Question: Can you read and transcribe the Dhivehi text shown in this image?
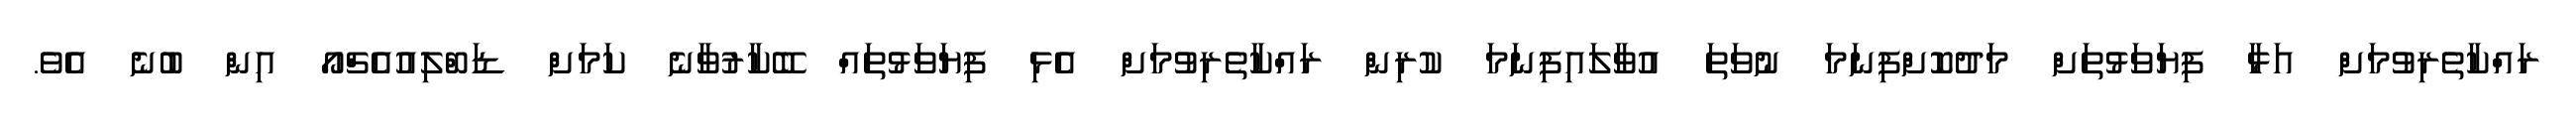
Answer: ރައްކާތެރިވުމަށް އަޅާ ފިޔަވަޅުތަށް މަދުކޮށްފިނަމަ ނުވަތަ އުވާލައިފިނަމަ ކުރިން ރައްކާތެރިވުމަށް އެޅި ފިޔަވަޅުތައް ބޭކާރުވާނެ ކަމަށް ޑަބްލިއުއެޗްއޯ އިން ބުނެ އެވެ.